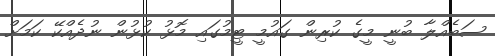
ސަބެއްލާ ބުނީ މީގެ ކުރިން ގައުމީ ޓީމުގައި މޮޅު ކުޅުން ނުދެއްކޭ ކަމަށް